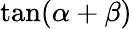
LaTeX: \tan(\alpha+\beta)